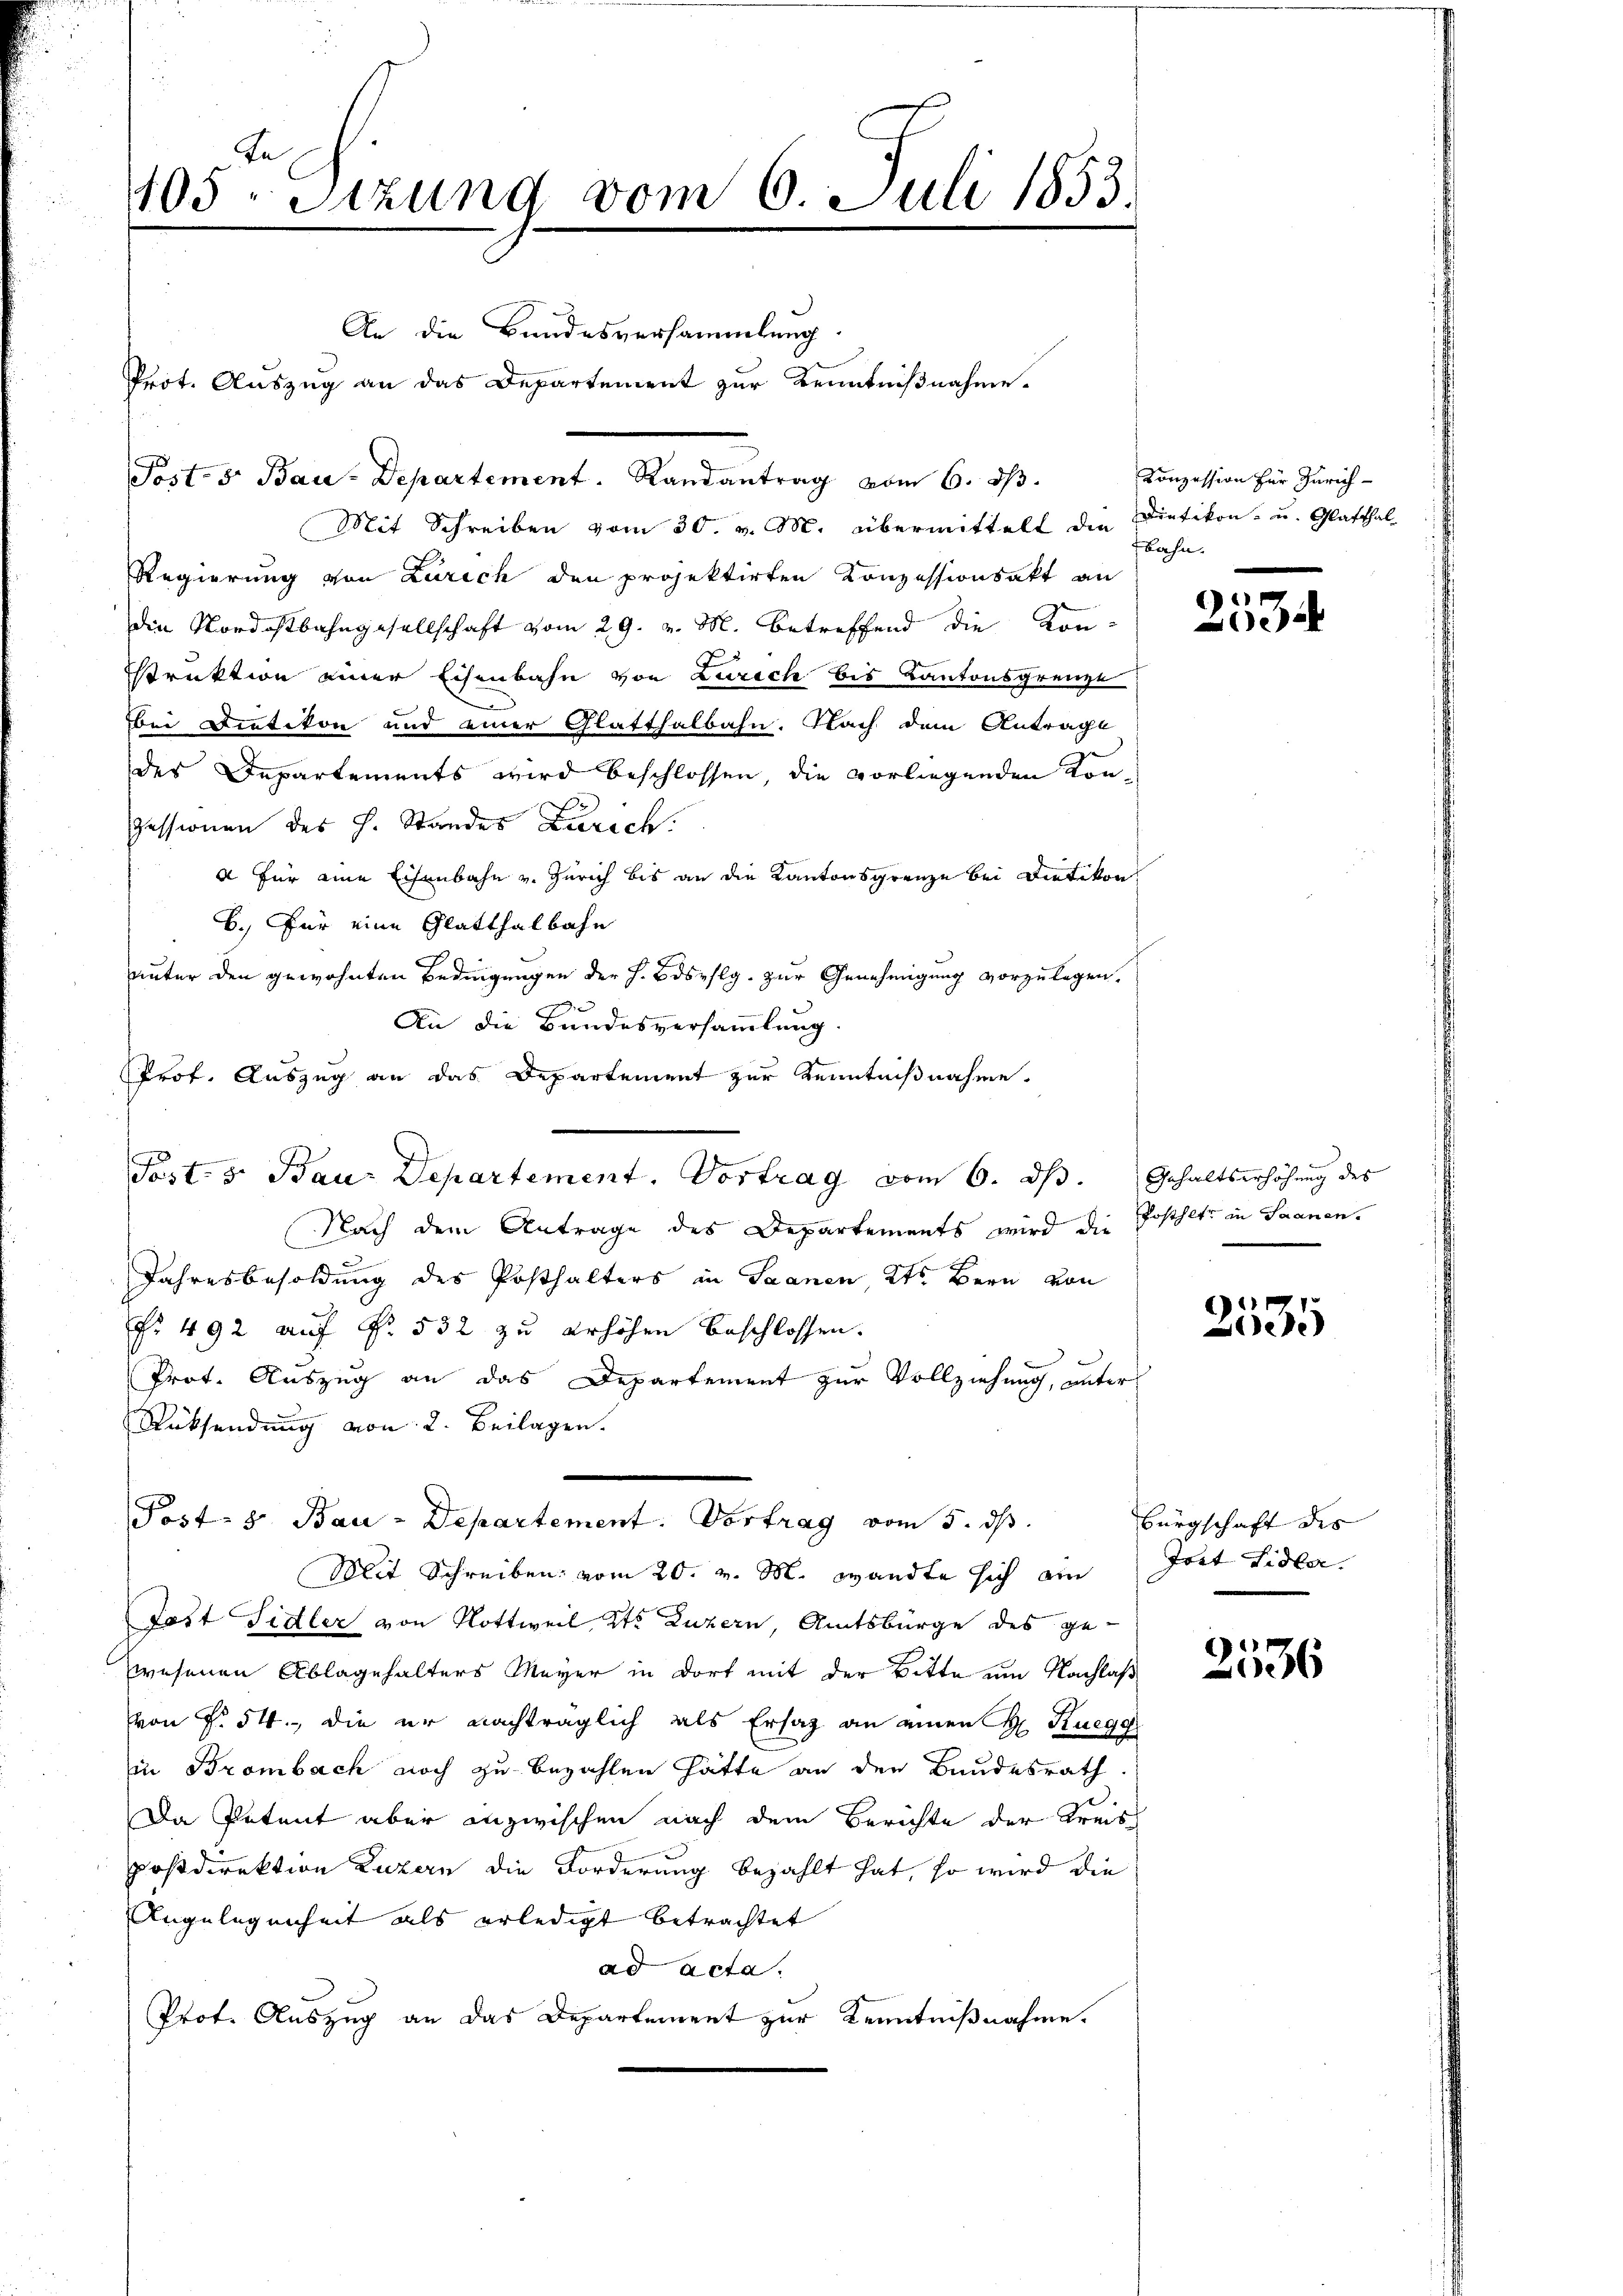
In
105. Sitzung vom 6. Juli 1853.

An die Bundesversammlung.
Prot. Auszug an das Departement zur Kenntnißnahme.
Mit Schreiben vom 30. v. M. übermittelt die Dietikon- u. Glatthal
Regierung von Zürich den projektirten Konzessionsakt an
die Nordostbahngesellschaft vom 29. v. M. betreffend die Kon-
struktion einer Eisenbahn von Zürich bis Kantonsgrenze
bei Dietikon und einer Glatthalbahn. Nach dem Antrage
des Departements wird beschlossen, die vorliegenden Kon¬
Pessionen des H. Standes Zürich.
a für eine Eisenbahn v. Zürich bis an die Kantonsgrenze bei Dietikon
b. Für eine Glatthalbahn
unter den gewohnten Bedingungen der H. Bosyflg. zur Genehmigung vorzulegen.
An die Bundesversammlung.
Prof. Auszug an das Departement zur Kenntnißnahme.
Nach dem Antrage des Departements wird die Posthete in Saanen.
Jahresbesoldung des Posthalters in Saanen, 2te Bern von
Nr 492 auf Nr. 532 zu erhöhen beschlossen:
Prot. Auszug an das Departement zur Vollziehung, unter
Rücksendung von 2. Beilagen.
Post- & Bau-Departement. Vortrag vom 5. ds.
Mit Schreiben vom 20. v. M. wandte sich ein
Tast Sidler von Rottweil, Kts. Luzern, Amtsbürge des ge-
wesenen Ablagehalters Meyer in dort mit der Bitte um Nachlaß
von § 54. die er nachträglich als Ersatz an einen H. Ruegg
in Brombach noch zu bezahlen hätte an den Bundesrath.
Da Petent aber inzwischen nach dem Berichte der Kreis
postdirektion Luzern die Forderung bezahlt hat, so wird die
Angelegenheit als erledigt betrachtet
ad acta.
Prot. Auszug an das Departement zur Kenntnißnahme.

Post- 5. Bau-Departement. Randantrag vom 6. dβ.

Post. v. Baur Departement. Vortrag vom 6. ds. Gehaltserhöhung des

Conzession für Zürichbahn.

2534

2535

Bürgschaft des
Toat Fidla.

2536